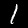
Label: 1